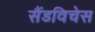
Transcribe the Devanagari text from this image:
सैंडविचेस